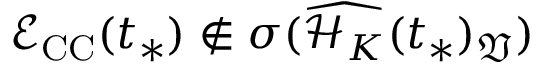
\mathcal { E } _ { \mathrm { C C } } ( t _ { * } ) \not \in \sigma ( \widehat { \mathcal { H } _ { K } } ( t _ { * } ) _ { \mathfrak { V } } )